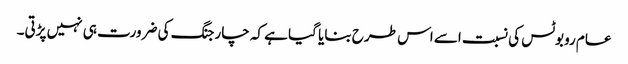
عام روبوٹس کی نسبت اسے اس طرح بنایا گیا ہے کہ چارجنگ کی ضرورت ہی نہیں پڑتی۔